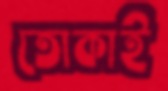
তোকাই